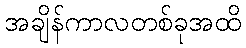
အချိန်ကာလတစ်ခုအထိ